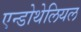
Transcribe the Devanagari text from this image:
एन्डोथेलियल